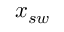
x _ { s w }